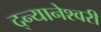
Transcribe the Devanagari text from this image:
द्न्यानेश्वरी